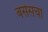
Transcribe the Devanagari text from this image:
बसेसचा